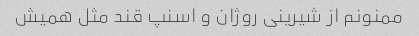
ممنونم از شیرینی روژان و اسنپ قند مثل همیش